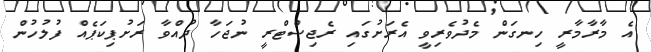
އެ މާރާމާރީ ހިނގަން މެދުވެރިވީ އެރަށުގައި ރެޖިސްޓްރީ ނުޖަހާ ދުއްވާ ރަށުޕިކަޕެއް ފުލުހުން